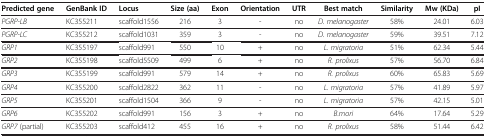
<table><thead><tr><td><b>Predicted gene</b></td><td><b>GenBank ID</b></td><td><b>Locus</b></td><td><b>Size (aa)</b></td><td><b>Exon</b></td><td><b>Orientation</b></td><td><b>UTR</b></td><td><b>Best match</b></td><td><b>Similarity</b></td><td><b>Mw (KDa)</b></td><td><b>pI</b></td></tr></thead><tbody><tr><td><i>PGRP-LB</i></td><td>KC355211</td><td>scaffold1556</td><td>216</td><td>3</td><td>-</td><td>no</td><td><i>D. melanogaster</i></td><td>58%</td><td>24.01</td><td>6.03</td></tr><tr><td><i>PGRP-LC</i></td><td>KC355212</td><td>scaffold1031</td><td>359</td><td>3</td><td>-</td><td>no</td><td><i>D. melanogaster</i></td><td>59%</td><td>39.51</td><td>7.12</td></tr><tr><td><i>GRP1</i></td><td>KC355197</td><td>scaffold991</td><td>550</td><td>10</td><td>+</td><td>no</td><td><i>L. migratoria</i></td><td>51%</td><td>62.34</td><td>5.44</td></tr><tr><td><i>GRP2</i></td><td>KC355198</td><td>scaffold5509</td><td>499</td><td>6</td><td>+</td><td>no</td><td><i>R. prolixus</i></td><td>57%</td><td>56.70</td><td>6.84</td></tr><tr><td><i>GRP3</i></td><td>KC355199</td><td>scaffold991</td><td>579</td><td>14</td><td>+</td><td>no</td><td><i>R. prolixus</i></td><td>60%</td><td>65.83</td><td>5.69</td></tr><tr><td><i>GRP4</i></td><td>KC355200</td><td>scaffold2822</td><td>362</td><td>11</td><td>-</td><td>no</td><td><i>L. migratoria</i></td><td>57%</td><td>41.89</td><td>5.97</td></tr><tr><td><i>GRP5</i></td><td>KC355201</td><td>scaffold1504</td><td>366</td><td>9</td><td>-</td><td>no</td><td><i>L. migratoria</i></td><td>57%</td><td>42.15</td><td>5.01</td></tr><tr><td><i>GRP6</i></td><td>KC355202</td><td>scaffold991</td><td>156</td><td>3</td><td>+</td><td>no</td><td><i>B.mori</i></td><td>64%</td><td>17.64</td><td>5.29</td></tr><tr><td><i>GRP7</i> (partial)</td><td>KC355203</td><td>scaffold412</td><td>455</td><td>16</td><td>+</td><td>no</td><td><i>R. prolixus</i></td><td>58%</td><td>51.44</td><td>6.42</td></tr></tbody></table>